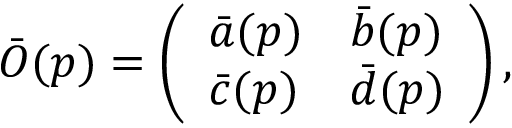
\bar { O } ( p ) = \left( \begin{array} { l l } { { \bar { a } ( p ) } } & { { \bar { b } ( p ) } } \\ { { \bar { c } ( p ) } } & { { \bar { d } ( p ) } } \end{array} \right) ,